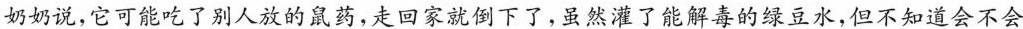
奶奶说，它可能吃了别人放的鼠药，走回家就倒下了，虽然灌了能解毒的绿豆水，但不知道会不会